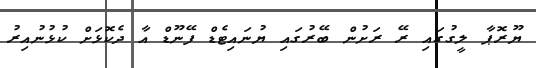
ޔޫރޮޕާ ލީގުގައި ރޭ ރަށުން ބޭރުގައި ޔުނައިޓެޑް ފޭނޫޑް އާ ދެކޮޅަށް ކުޅުނުއިރު